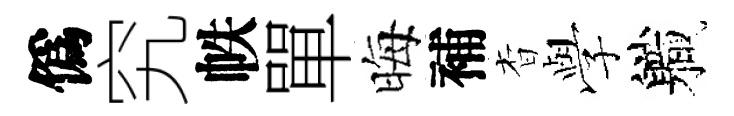
僞究帙單晦補杳𫝯軄